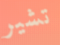
تشير